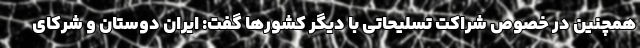
همچنین در خصوص شراکت تسلیحاتی با دیگر کشورها گفت: ایران دوستان و شرکای